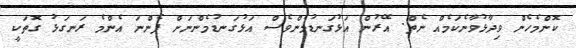
ކޮންމެހެން ވިދާޅުވާނެކަމެއް ނެތް. އޭރުން އަޅުގަނޑުމެންވެސް އަޅުގަނޑުމެންނަށް ފެންނަ އެންމެ ރަނގަޅު ގޮތަކީ